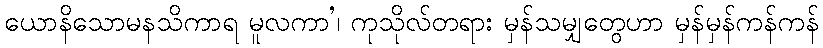
ယောနိသောမနသိကာရ မူလကာ’၊ ကုသိုလ်တရား မှန်သမျှတွေဟာ မှန်မှန်ကန်ကန်